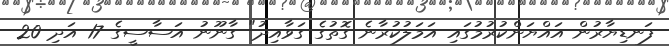
ފަނޑިޔާރުން އައްޔަންކުރުމުގައި އަމަލުކުރާނެ ގޮތުގެ ގަވާއިދު" ގާނޫނު އަސާސީގެ 17 އަދި 20